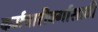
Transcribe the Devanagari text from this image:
कर्मचारीवर्गासाठी